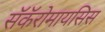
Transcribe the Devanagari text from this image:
सॅकॅरोमायसिस